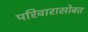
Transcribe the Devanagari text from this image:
परिवारासोबत